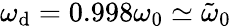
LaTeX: \omega_{\mathrm{d}}=0.998\omega_{0}\simeq\tilde{\omega}_{0}